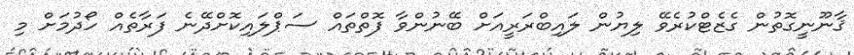
ޤާނޫނީގޮތުން ގެޒެޓްކުރެވޭ ލިޔުން ލައިބްރަރީއަށް ބޭނުންވާ ފޮތްތައް ސަޕްލައިކޮށްދޭނެ ފަރާތެއް ހޯދުމަށް މި